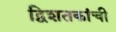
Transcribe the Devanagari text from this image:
द्विशतकांची